Vaccination in the Punjab 1919-1929 - 1919-1929
Year: 1919
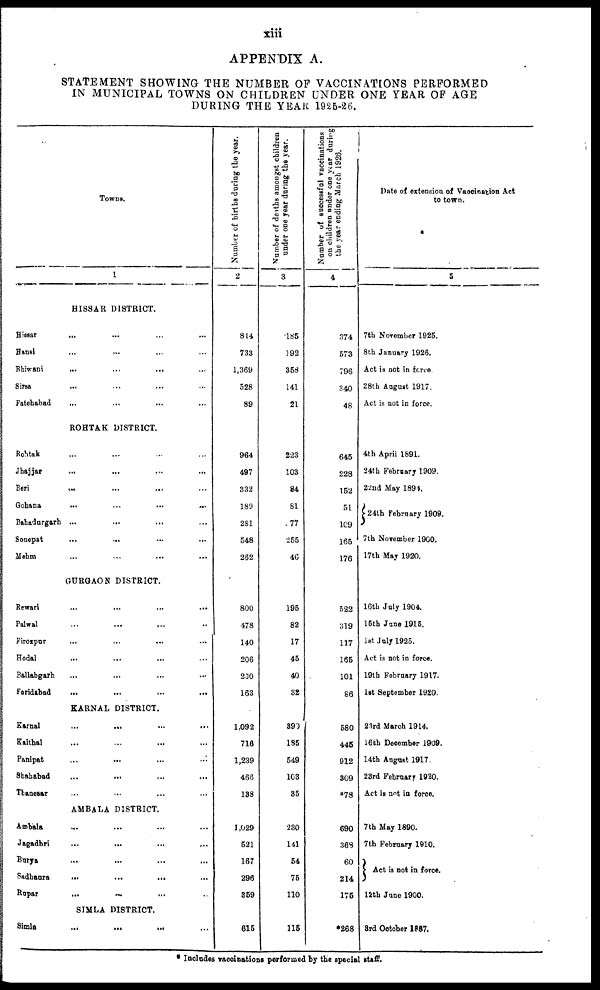
xiii
APPENDIX A.
STATEMENT SHOWING THE NUMBER OF VACCINATIONS PERFORMED
IN MUNICIPAL TOWNS ON CHILDREN UNDER ONE YEAR OP AGE
DURING THE YEAR 1945-26.
Towns.
1
HISSAR DISTRICT.
Hissar
... ... ... ...
Hansi
... ... ... ...
Bhiwani
... ... ... ...
Sirsa... ... ... ...
Fatehabad... ... ... ...
ROHTAK DISTRICT.
Rohtak.. ... ... ...
Jhajjar... ... ... ...
Beri... ... ... ...
Gohana...
Bahadurgerh... ... ... ...
Sonepat... ... ... ...
Mehm...
GURGAON DISTRICT.
Rewari... ... ... ...
Palwal... ... ... ...
Firozpur... ... ... ...
Hodal... ... ... ... ...
Ballabgarh... ... ... ...
Faridabad... ... ... ...
KARNAL DISTRICT.
Karnal... ... ... ... ...
Kalthal... ... ... ...
Panipat... ... ... ...
Shahabad... ... ... ...
Thanesar... ... ... ...
AMBALA DISTRICT.
Ambala... ... ... ...
Jagadhri... ... ... ...
Burya... ... ... ...
Sadhaura... ... ... ...
Rupar
...
...
...
...
SIMLA DISTRICT.
Simla... ... ... ...
Number of births during the year.
2
884
733
1,369
528
89
964
497
332
189
281
548
262
800
478
140
206
200
163
1,092
716
1,239
466
138
1,029
521
167
296
359
615
Number of deaths amongst children
under one year during the year.
3
185
092
358
141
21
223
103
84
81
77
255
46
195
82
17
45
40
32
390
185
549
103
35
230
141
54
75
110
115
Number of successful vaccinations
on children under one year during
the year ending March 1926.
4
374
573
796
340
48
645
228
152
51
109
166
176
522
319
117
165
101
86
580
445
912
309
*78
690
363
60
214
175
*268
Date of extension of Vaccination Act
to town.
5
7th November 1925.
8th January 1926.
Act is not in force
28th August 1917.
Act is not in force.
4th April 1891.
24th February 1909.
22nd May 1894.
24th February 1909.
7th November 1900.
17th May 1920.
16th July 1904.
15th June 1915.
1st July 1925.
Act is not in force.
19th February 1917.
1st September 1920.
23rd March 1914.
16th December 1909.
14th August 1917.
23rd February 1920.
Act is not in force.
7th May 1890.
7th February 1910.
Act is not in force.
12th June 1900.
3rd October 1887.
* Includes vaccinations performed by the special staff.